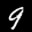
Label: 9